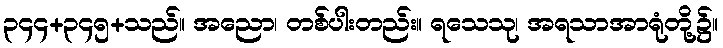
၃၄၄+၃၄၅+သည်။ အညော၊ တစ်ပါးတည်း။ ရသေသု၊ အရသာအာရုံတို့၌။